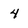
Character: 4